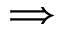
\Longrightarrow